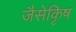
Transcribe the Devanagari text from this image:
जैसेकृिष